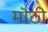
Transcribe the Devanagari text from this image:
मॊठी